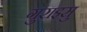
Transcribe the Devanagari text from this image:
गुराइसु